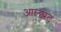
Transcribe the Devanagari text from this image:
आल्झेट